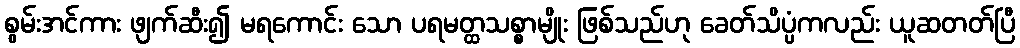
စွမ်းအင်ကား ဖျက်ဆီး၍ မရကောင်း သော ပရမတ္ထသစ္စာမျိုး ဖြစ်သည်ဟု ခေတ်သိပ္ပံကလည်း ယူဆတတ်ပြီ